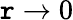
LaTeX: \mathtt{r}\to0